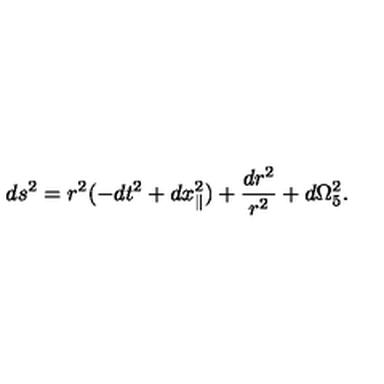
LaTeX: d s ^ { 2 } = r ^ { 2 } ( - d t ^ { 2 } + d x _ { \parallel } ^ { 2 } ) + { \frac { d r ^ { 2 } } { r ^ { 2 } } } + d \Omega _ { 5 } ^ { 2 } .